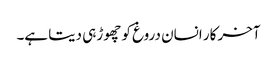
آخر کار انسان دروغ کو چھوڑ ہی دیتا ہے۔